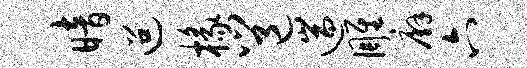
暗迢椽邕遄雕廨六